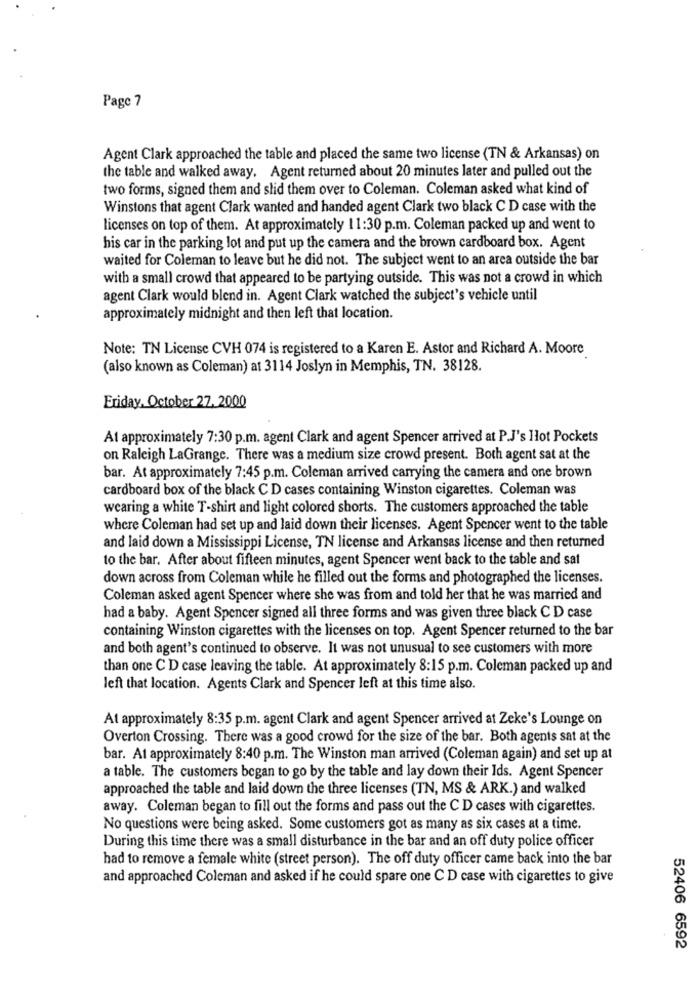
Page 7
Agent Clark approached the table and placed the same two license (TN & Arkansas) on
the table and walked away. Agent returned about 20 minutes later and pulled out the
two forms, signed them and slid them over to Coleman. Coleman asked what kind of
Winstons that agent Clark wanted and handed agent Clark two black C D case with the
licenses on top of them. At approximately 11:30 p.m. Coleman packed up and went to
his car in the parking lot and put up the camera and the brown cardboard box. Agent
waited for Coleman to leave but he did not. The subject went to an area outside the bar
with a small crowd that appeared to be partying outside. This was not a crowd in which
agent Clark would blend in. Agent Clark watched the subject's vehicle until
approximately midnight and then left that location.
Note: TN License CVH 074 is registered to a Karen E. Astor and Richard A. Moore
(also known as Coleman) at 3114 Joslyn in Memphis, TN. 38128.
Friday, October 27, 2000
At approximately 7:30 p.m. agent Clark and agent Spencer arrived at P.J's Hot Pockets
on Raleigh LaGrange. There was a medium size crowd present. Both agent sat at the
bar. At approximately 7:45 p.m. Coleman arrived carrying the camera and one brown
cardboard box of the black C D cases containing Winston cigarettes. Coleman was
wearing a white T-shirt and light colored shorts. The customers approached the table
where Coleman had set up and laid down their licenses. Agent Spencer went to the table
and laid down a Mississippi License, TN license and Arkansas license and then returned
to the bar. After about fifteen minutes, agent Spencer went back to the table and sat
down across from Coleman while he filled out the forms and photographed the licenses.
Coleman asked agent Spencer where she was from and told her that he was married and
had a baby. Agent Spencer signed all three forms and was given three black C D case
containing Winston cigarettes with the licenses on top. Agent Spencer returned to the bar
and both agent's continued to observe. It was not unusual to see customers with more
than one C D case leaving the table. At approximately 8:15 p.m. Coleman packed up and
left that location. Agents Clark and Spencer left at this time also.
At approximately 8:35 p.m. agent Clark and agent Spencer arrived at Zeke's Lounge on
Overton Crossing. There was a good crowd for the size of the bar. Both agents sat at the
bar. At approximately 8:40 p.m. The Winston man arrived (Coleman again) and set up at
a table. The customers began to go by the table and lay down their Ids. Agent Spencer
approached the table and laid down the three licenses (TN, MS & ARK.) and walked
away. Coleman began to fill out the forms and pass out the C D cases with cigarettes.
No questions were being asked. Some customers got as many as six cases at a time.
During this time there was a small disturbance in the bar and an off duty police officer
had to remove a female white (street person). The off duty officer came back into the bar
and approached Coleman and asked if he could spare one C D case with cigarettes to give
52406 6592